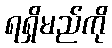
ရရှိမည်ကို